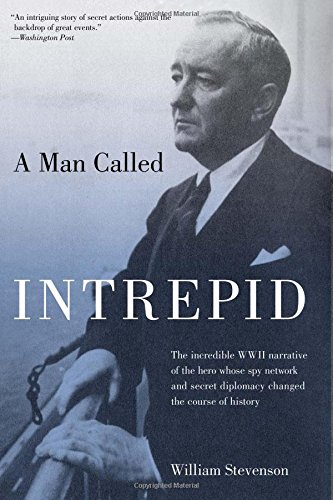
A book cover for Man Called Intrepid: The Incredible WWII Narrative Of The Hero Whose Spy Network And Secret Diplomacy Changed The Course Of History; William Stevenson; Biographies & Memoirs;